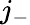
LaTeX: j_{-}